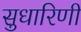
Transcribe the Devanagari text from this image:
सुधारिणी